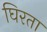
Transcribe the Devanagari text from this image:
घिरता